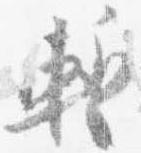
蹔